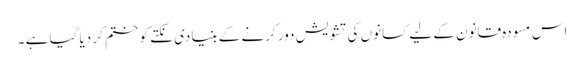
اس مسودہ قانون کے لیے کسانوں کی تشویش دور کرنے کے بنیادی نکتے کو ختم کر دیا گیا ہے ۔